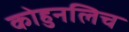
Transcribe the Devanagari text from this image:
कोहुनलिच